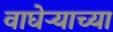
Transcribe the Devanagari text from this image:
वाघेऱ्याच्या